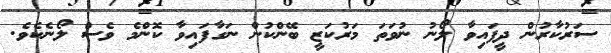
ސަރުކާރުން ދީފައިވާ ލޯނު ނުވަތަ މަރުކަޒީ ބޭންކުން ނަގާފައިވާ ކޮންމެ ވެސް ލޯނެކެވެ.